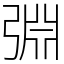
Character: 𢏮